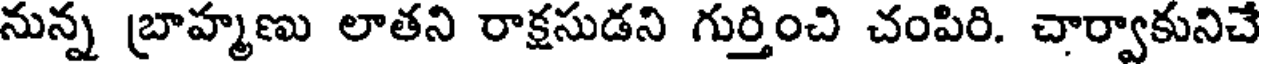
నున్న బ్రాహ్మణు లాతని రాక్షసుడని గుర్తించి చంపిరి. చార్వాకునిచే